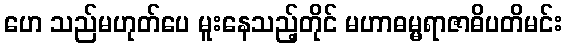
ဟေ သည်မဟုတ်ပေ မူးနေသည့်တိုင် မဟာဓမ္မရာဇာဓိပတိမင်း